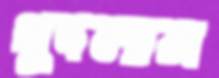
খুদলাম